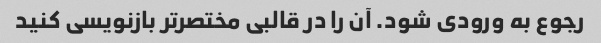
رجوع به ورودی شود. آن را در قالبی مختصرتر بازنویسی کنید